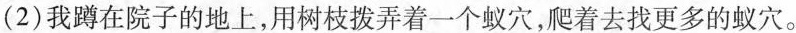
(2)我蹲在院子的地上，用树枝拨弄着一个蚁穴，爬着去找更多的蚁穴。